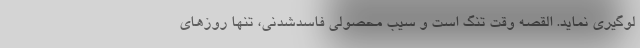
لوگیری نماید. القصه وقت تنگ است و سیب محصولی فاسدشدنی، تنها روزهای